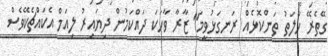
ގޭތެރޭ ހާލަތު ތަންކޮޅެއް ރަނގަޅުވީމަ" ޒާރާ ވާހަކަ ދައްކަމުން ދިޔައިރު ލިއަމް އެކައްޗެކޭވެސް